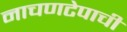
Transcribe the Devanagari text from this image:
नाचणटेपाची